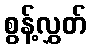
စွန့်လွှတ်